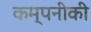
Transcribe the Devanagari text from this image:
कम्पनीकी